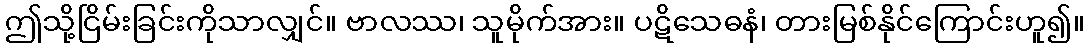
ဤသို့ငြိမ်းခြင်းကိုသာလျှင်။ ဗာလဿ၊ သူမိုက်အား။ ပဋိသေဓနံ၊ တားမြစ်နိုင်ကြောင်းဟူ၍။